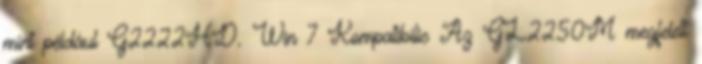
mint például G2222HD. Win 7 Kompatibilis Az GL2250M megfelelt